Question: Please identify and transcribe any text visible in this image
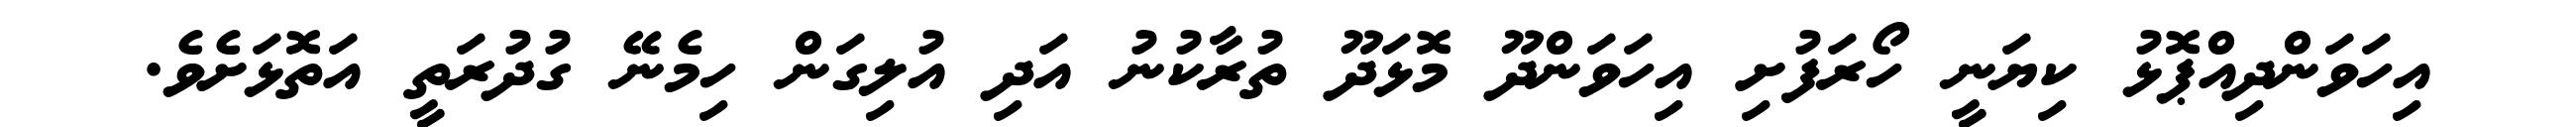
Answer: އިހަވަންދިއްޕޮޅު ކިޔަނީ ހޯރަފުށި އިހަވަންދޫ މޮޅަދޫ ތުރާކުނު އަދި އުލިގަން ހިމެނޭ ގުދުރަތީ އަތޮޅަށެވެ.